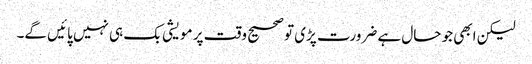
لیکن ابھی جو حال ہے ضرورت پڑی تو صحیح وقت پر مویشی بک ہی نہیں پائیں گے۔